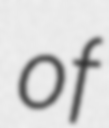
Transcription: of